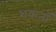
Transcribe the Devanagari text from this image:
शकतॉ